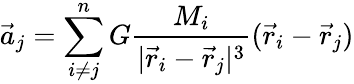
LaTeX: {\vec{a}}_{j}=\sum_{i\neq j}^{n}G{\frac{M_{i}}{|{\vec{r}}_{i}-{\vec{r}}_{j}|^{3}}}({\vec{r}}_{i}-{\vec{r}}_{j})